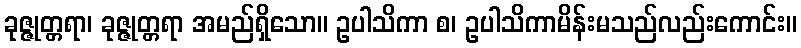
ခုဇ္ဇုတ္တရာ၊ ခုဇ္ဇုတ္တရာ အမည်ရှိသော။ ဥပါသိကာ စ၊ ဥပါသိကာမိန်းမသည်လည်းကောင်း။